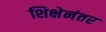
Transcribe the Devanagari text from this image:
शिक्षेनंतर